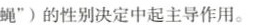
蝇”)的性别决定中起主导作用。